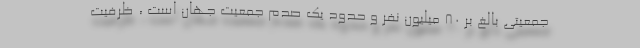
جمعیتی بالغ بر ۸۰ میلیون نفر و حدود یک صدم جمعیت جهان است ، ظرفیت